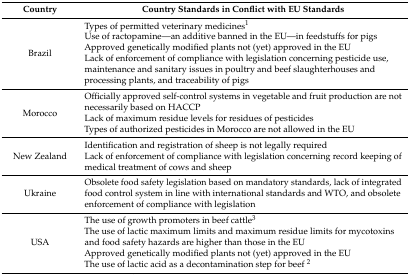
| Country | Country Standards in Conflict with EU Standards |
 | --- | --- |
 | Brazil | Types of permitted veterinary medicines1Use of ractopamine—an additive banned in the EU—in feedstuffs for pigsApproved genetically modified plants not (yet) approved in the EULack of enforcement of compliance with legislation concerning pesticide use, maintenance and sanitary issues in poultry and beef slaughterhouses and processing plants, and traceability of pigs |
 | Morocco | Officially approved self-control systems in vegetable and fruit production are not necessarily based on HACCPLack of maximum residue levels for residues of pesticidesTypes of authorized pesticides in Morocco are not allowed in the EU |
 | New Zealand | Identification and registration of sheep is not legally requiredLack of enforcement of compliance with legislation concerning record keeping of medical treatment of cows and sheep |
 | Ukraine | Obsolete food safety legislation based on mandatory standards, lack of integrated food control system in line with international standards and WTO, and obsolete enforcement of compliance with legislation |
 | USA | The use of growth promoters in beef cattle3The use of lactic maximum limits and maximum residue limits for mycotoxins and food safety hazards are higher than those in the EUApproved genetically modified plants not (yet) approved in the EUThe use of lactic acid as a decontamination step for beef 2 |